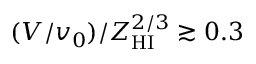
( V / v _ { 0 } ) / Z _ { \mathrm { H I } } ^ { 2 / 3 } \gtrsim 0 . 3